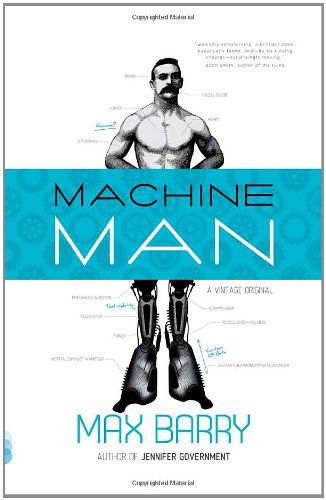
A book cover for Machine Man (Vintage Contemporaries); Max Barry; Mystery, Thriller & Suspense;